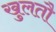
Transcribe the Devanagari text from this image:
खुलतौ